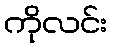
ကိုလင်း